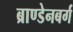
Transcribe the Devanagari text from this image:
ब्राण्डेनबर्ग